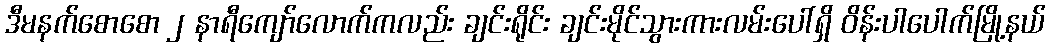
ဒီမနက်စောစော ၂ နာရီကျော်လောက်ကလည်း ချင်းရိုင်း ချင်းမိုင်သွားကားလမ်းပေါ်ရှိ ဝိန်းပါပေါက်မြို့နယ်